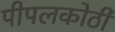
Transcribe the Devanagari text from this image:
पीपलकोठी